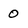
Character: 0